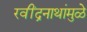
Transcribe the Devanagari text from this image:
रवींद्रनाथांमुळे